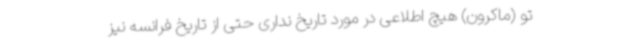
تو (ماکرون) هیچ اطلاعی در مورد تاریخ نداری حتی از تاریخ فرانسه نیز